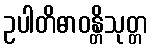
ဥပါတိဓာဝန္တိသုတ္တ